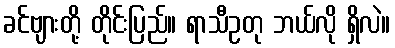
ခင်ဗျားတို့ တိုင်းပြည်။ ရာသီဥတု ဘယ်လို ရှိလဲ။